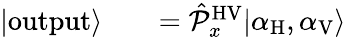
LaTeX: \begin{array}{rlr}{|\mathrm{output}\rangle}&{{}}&{=\hat{\mathcal P}_{x}^{\mathrm{HV}}|\alpha_{\mathrm{H}},\alpha_{\mathrm{V}}\rangle}\end{array}